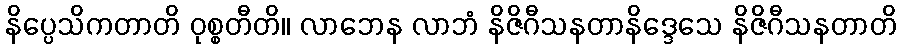
နိပ္ပေသိကတာတိ ဝုစ္စတီတိ။ လာဘေန လာဘံ နိဇိဂီသနတာနိဒ္ဒေသေ နိဇိဂီသနတာတိ